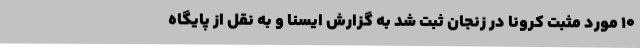
10 مورد مثبت کرونا در زنجان ثبت شد به گزارش ایسنا و به نقل از پایگاه